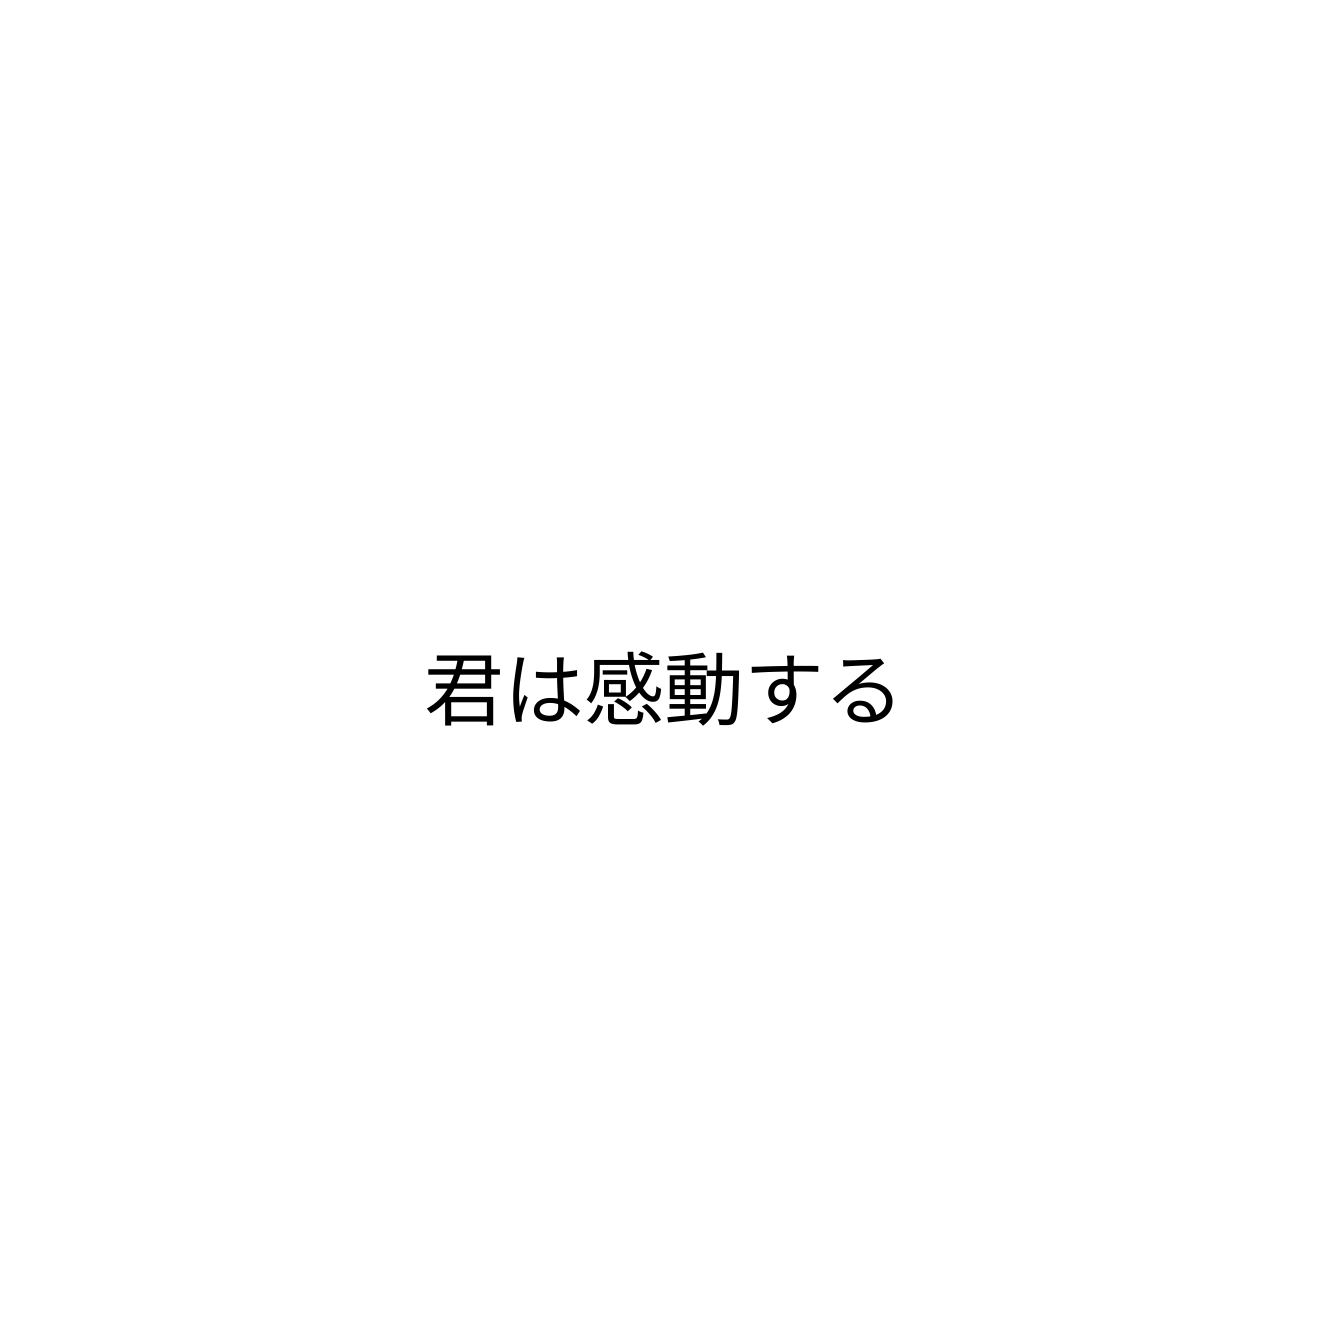
君は感動する